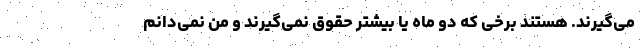
می‌گیرند. هستند برخی که دو ماه یا بیشتر حقوق نمی‌گیرند و من نمی‌دانم